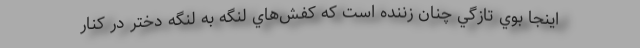
اينجا بوي تازگي چنان زننده است كه كفش‌هاي لنگه‌ به لنگه دختر در كنار